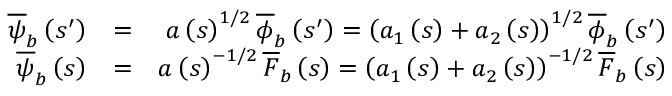
\begin{array} { r l r } { \overline { { \psi } } _ { b } \left( s ^ { \prime } \right) } & { = } & { a \left( s \right) ^ { 1 / 2 } \overline { { \phi } } _ { b } \left( s ^ { \prime } \right) = \left( a _ { 1 } \left( s \right) + a _ { 2 } \left( s \right) \right) ^ { 1 / 2 } \overline { { \phi } } _ { b } \left( s ^ { \prime } \right) } \\ { \overline { { \psi } } _ { b } \left( s \right) } & { = } & { a \left( s \right) ^ { - 1 / 2 } \overline { { F } } _ { b } \left( s \right) = \left( a _ { 1 } \left( s \right) + a _ { 2 } \left( s \right) \right) ^ { - 1 / 2 } \overline { { F } } _ { b } \left( s \right) } \end{array}